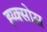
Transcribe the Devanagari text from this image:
ह्य्क्सोस